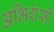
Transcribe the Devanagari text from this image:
अभिशंसी